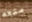
متعه